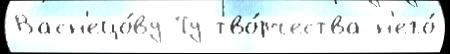
Васн'ецо́ву Ту тво́рчества н'его́